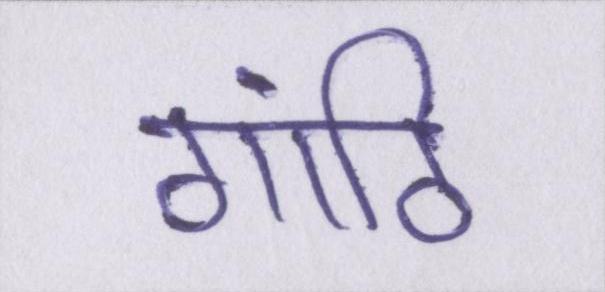
गांठि